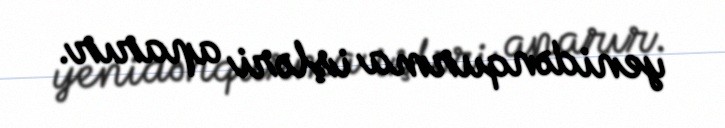
yenidənqurma işləri aparır.